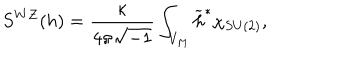
S ^ { W Z } ( h ) = \frac { \kappa } { 4 \pi \sqrt { - 1 } } \int _ { V _ { M } } \widetilde { h } ^ { \ast } \chi _ { S U ( 2 ) } ,